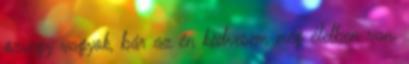
özvegy vagyok, bár az én kedvesem még életben van.